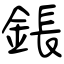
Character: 鋹